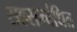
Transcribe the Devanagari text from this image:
सहसम्बंधित